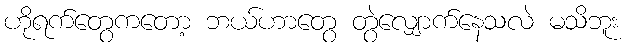
ဟိုရက်တွေကတော့ ဘယ်ဟာတွေ တွဲလျှောက်နေသလဲ မသိဘူး